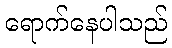
ရောက်နေပါသည်